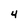
Character: 4